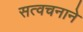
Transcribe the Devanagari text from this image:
सत्वचनाने